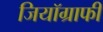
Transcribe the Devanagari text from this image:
जियॉग्राफी